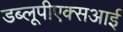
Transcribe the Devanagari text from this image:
डब्लूपीएक्सआई